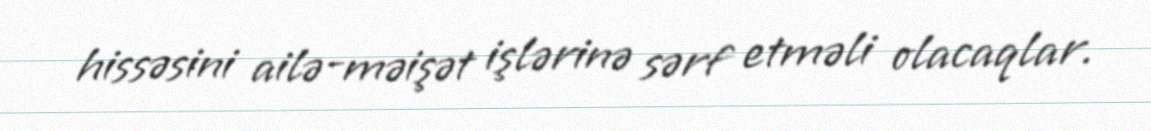
hissəsini ailə-məişət işlərinə sərf etməli olacaqlar.